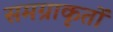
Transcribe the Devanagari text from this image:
समग्राकृतों